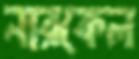
নারকেল